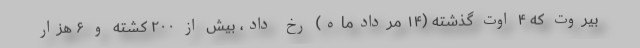
بیروت که ۴ اوت گذشته (۱۴ مردادماه) رخ داد، بیش از ۲۰۰ کشته و ۶ هزار